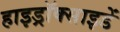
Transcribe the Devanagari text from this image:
हाइड्रॉक्साइडें